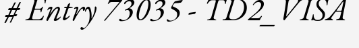
# Entry 73035 - TD2_VISA